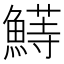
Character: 𬵣